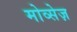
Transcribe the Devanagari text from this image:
मोव्सेज़